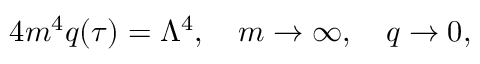
4 m ^ { 4 } q ( \tau ) = \Lambda ^ { 4 } , \quad m \rightarrow \infty , \quad q \rightarrow 0 ,